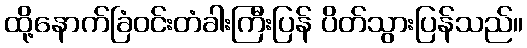
ထို့နောက်ခြံဝင်းတံခါးကြီးပြန် ပိတ်သွားပြန်သည်။